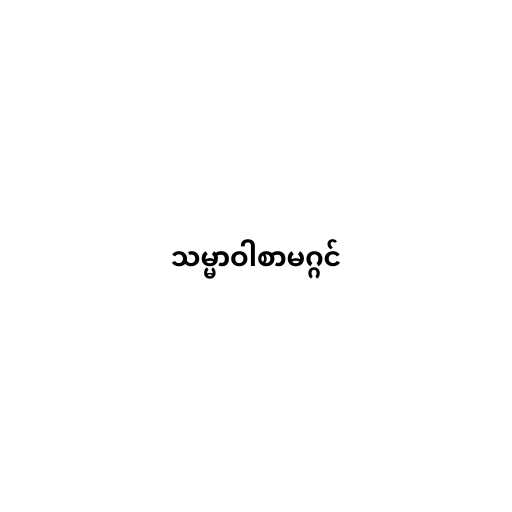
သမ္မာဝါစာမဂ္ဂင်